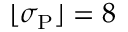
\lfloor \sigma _ { \mathrm { P } } \rfloor = 8